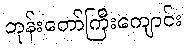
ဘုန်းတော်ကြီးကျောင်း